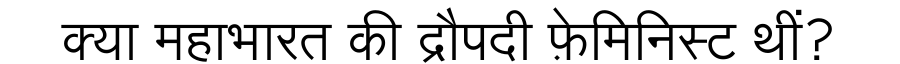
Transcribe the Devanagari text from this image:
क्या महाभारत की द्रौपदी फ़ेमिनिस्ट थीं?